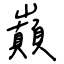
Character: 巔